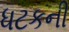
ધટકની